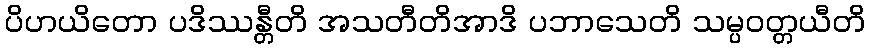
ပိဟယိတော ပဒိဿန္တီတိ အသတီတိအာဒိ ပဘာသေတိ သမ္ပဝတ္တယီတိ